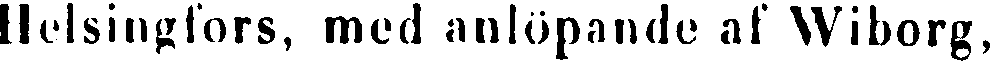
Helsingfors, med anlöpande af Wiborg,